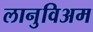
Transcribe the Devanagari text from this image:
लानुविअम